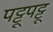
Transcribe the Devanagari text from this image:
पट्टूपट्टू